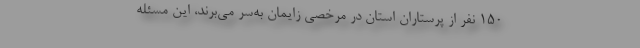
۱۵۰ نفر از پرستاران استان در مرخصی زایمان به‌سر می‌برند، این مسئله